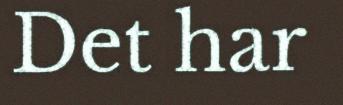
Det har